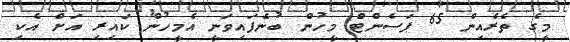
މީގެ ތެރެއިން 65 ޕަސެންޓް މީހުން ބުނެފައިވަނީ އެމީހުން ކައިރި އަށް އެކި